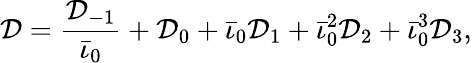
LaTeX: \mathcal{D}=\frac{\mathcal{D}_{-1}}{\bar{\iota}_{0}}+\mathcal{D}_{0}+\bar{\iota}_{0}\mathcal{D}_{1}+\bar{\iota}_{0}^{2}\mathcal{D}_{2}+\bar{\iota}_{0}^{3}\mathcal{D}_{3},